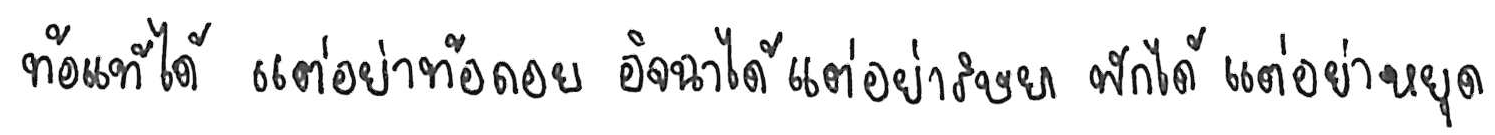
ท้อแท้ได้ แต่อย่าท้อถอย อิจฉาได้ แต่อย่าริษยา พักได้ แต่อย่าหยุด